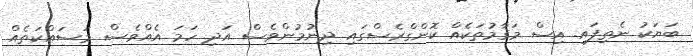
ބަޔަކު ނެތިފައި. އިސް މަޤާމުތަކެއް ކޮންގްރެސްގައި ދިނުމުންވެސް އަދި ހަމަ އެއްވެސް މަސައްކަތެއް